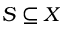
S \subseteq X